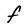
Character: F